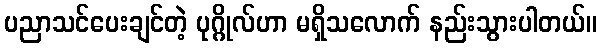
ပညာသင်ပေးချင်တဲ့ ပုဂ္ဂိုလ်ဟာ မရှိသလောက် နည်းသွားပါတယ်။